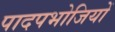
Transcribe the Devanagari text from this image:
पादपभोजियों